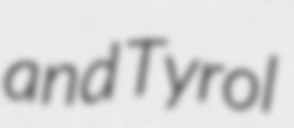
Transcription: and Tyrol